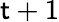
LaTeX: \mathsf{t}+1